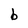
Character: b